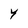
Character: Y